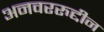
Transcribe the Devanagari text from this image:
अनवररुद्दीन